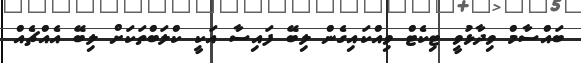
ބައްސާމް ވިދާޅުވީ ޓިކެޓް ވިއްކައިގެން ލިބޭ ފައިސާ އަކީ ކްލަބްތަކަށް ލިބޭ އެއްޗެއް